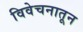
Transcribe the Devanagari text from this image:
विवेचनातून